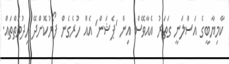
ކާމިޔާބީގެ އަސްލަނީ ގަތަރު އެއާވޭސް އިން 'ޕެޝަން' އެއް ހުރެގެން ފޯރުކޮށްދޭ ހިދުމަތްތައް.